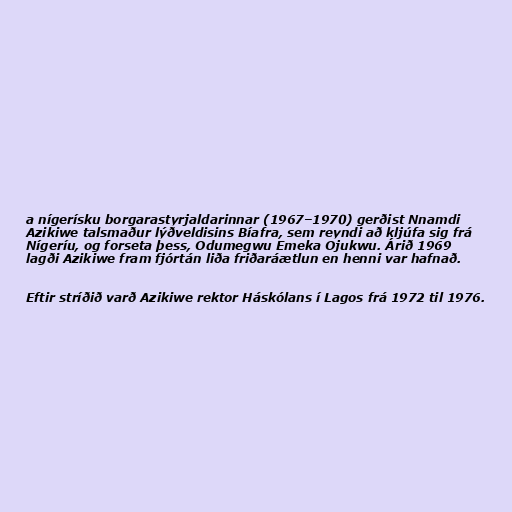
a nígerísku borgarastyrjaldarinnar (1967–1970) gerðist Nnamdi
Azikiwe talsmaður lýðveldisins Bíafra, sem reyndi að kljúfa sig frá
Nígeríu, og forseta þess, Odumegwu Emeka Ojukwu. Árið 1969
lagði Azikiwe fram fjórtán liða friðaráætlun en henni var hafnað.

Eftir stríðið varð Azikiwe rektor Háskólans í Lagos frá 1972 til 1976.